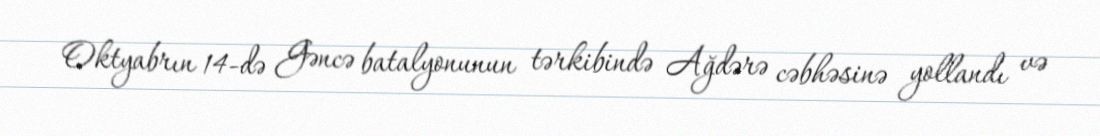
Oktyabrın 14-də Gəncə batalyonunun tərkibində Ağdərə cəbhəsinə yollandı və